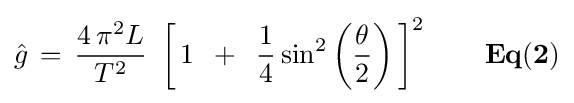
{\hat {g}}\,=\,{{4\,\pi ^{2}L} \over {T^{2}}}\,\,\left[{\,1\,\,\,+\,\,\,{1 \over 4}\sin ^{2}\left({\theta  \over 2}\right)\,}\right]^{2}{\mathbf {\,\,\,\,\,\,\,\,\,\,\,\,Eq(2)} }